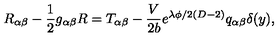
R _ { \alpha \beta } - \frac { 1 } { 2 } g _ { \alpha \beta } R = T _ { \alpha \beta } - \frac { V } { 2 b } e ^ { \lambda \phi / 2 ( D - 2 ) } q _ { \alpha \beta } \delta ( y ) ,